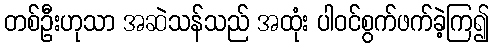
တစ်ဦးဟုသာ အဆဲသန်သည် အထုံး ပါဝင်စွက်ဖက်ခဲ့ကြ၍